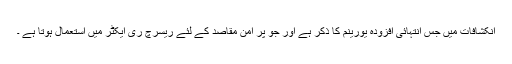
انکشافات میں جس انتہائی افزودہ یورینم کا ذکر ہے اور جو پر امن مقاصد کے لئے ریسرچ ری ایکٹر میں استعمال ہوتا ہے ۔